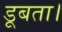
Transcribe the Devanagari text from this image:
डूबता।